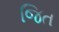
જિત